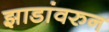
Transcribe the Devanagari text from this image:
झाडांवरुन